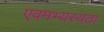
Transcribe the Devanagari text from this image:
एवमभ्यस्यता